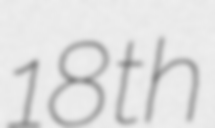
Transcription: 18th